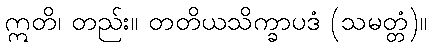
ဣတိ၊ တည်း။ တတိယသိက္ခာပဒံ (သမတ္တံ)။